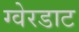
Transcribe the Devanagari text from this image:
ग्वेरडाट